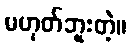
မဟုတ်ဘူးတဲ့။